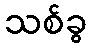
သစ်ခွ